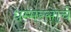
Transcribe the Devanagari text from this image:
धम्मरसाचे